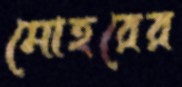
মোহরের